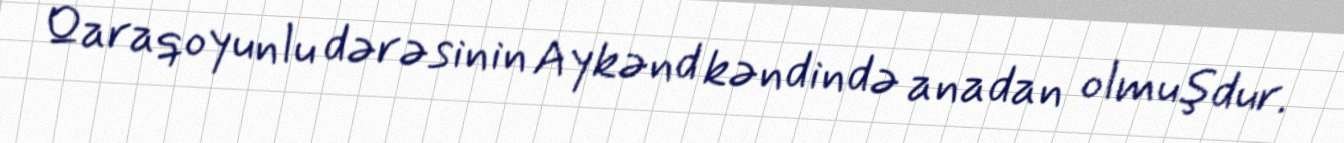
Qaraqoyunlu dərəsinin Aykənd kəndində anadan olmuşdur.